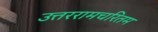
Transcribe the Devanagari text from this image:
उत्तररामचरितम